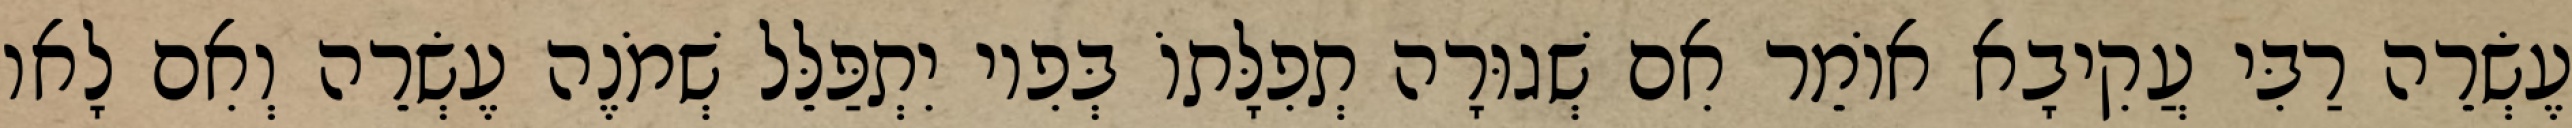
עֶשְׂרֵה רַבִּי עֲקִיבָא אוֹמֵר אִם שְׁגוּרָה תְפִלָּתוֹ בְּפִיו יִתְפַּלֵּל שְׁמֹנֶה עֶשְׂרֵה וְאִם לָאו